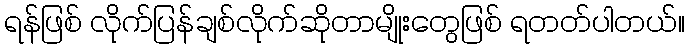
ရန်ဖြစ် လိုက်ပြန်ချစ်လိုက်ဆိုတာမျိုးတွေဖြစ် ရတတ်ပါတယ်။